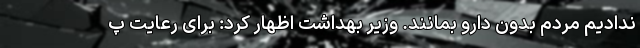
ندادیم مردم بدون دارو بمانند. وزیر بهداشت اظهار کرد: برای رعایت پ